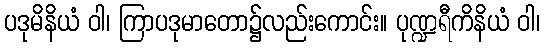
ပဒုမိနိယံ ဝါ၊ ကြာပဒုမာတော၌လည်းကောင်း။ ပုဏ္ဍရီကိနိယံ ဝါ၊